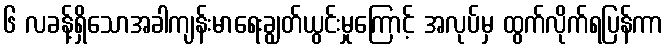
၆ လခန့်ရှိသောအခါကျန်းမာရေးချွတ်ယွင်းမှုကြောင့် အလုပ်မှ ထွက်လိုက်ရပြန်ကာ